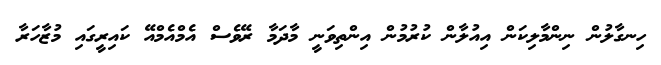
ހިނގާލުން ނިންމާލިކަން އިއުލާން ކުރުމުން އިންތިވަނީ މާދަމާ ރޭވެސް އެމްއެމްއޭ ކައިރީގައި މުޒާހަރާ